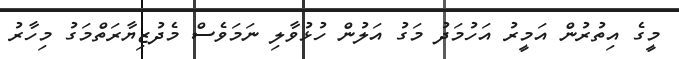
މީގެ އިތުރުން އަމީރު އަހުމަދު މަގު އަލުން ހުޅުވާލި ނަމަވެސް މެދުޒިޔާރަތްމަގު މިހާރު